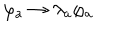
\varphi _ { a } \rightarrow \lambda _ { a } \varphi _ { a }